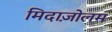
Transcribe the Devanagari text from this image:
मिदाज़ोलम